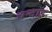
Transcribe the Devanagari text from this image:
चन्दाइ